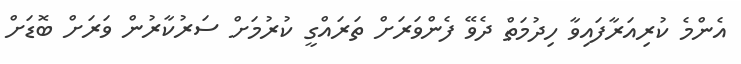
އެންމެ ކުރިއަރާފައިވާ ހިދުމަތް ދެވޭ ފެންވަރަށް ތަރައްގީ ކުރުމަށް ސަރުކާރުން ވަރަށް ބޮޑަށް